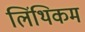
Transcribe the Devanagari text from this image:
लिंथिकम